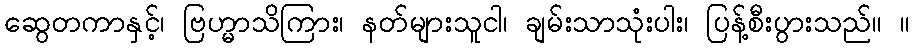
ဆွေတကာနှင့်၊ ဗြဟ္မာသိကြား၊ နတ်များသူငါ၊ ချမ်းသာသုံးပါး၊ ပြန့်စီးပွားသည်။ ။